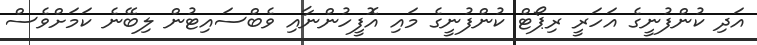
އަދި ކުންފުނީގެ އަހަރީ ރިޕޯޓް ކުންފުނީގެ މައި އޮފީހުންނާއި ވެބްސައިޓުން ލިބޭނެ ކަމަށްވެސް